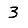
Digit: 3